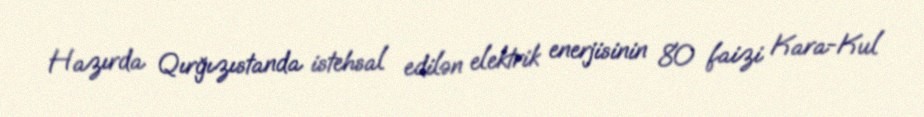
Hazırda Qırğızıstanda istehsal edilən elektrik enerjisinin 80 faizi Kara-Kul